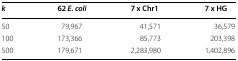
| k | 62 E. coli | 7 x Chr1 | 7 x HG |
 | --- | --- | --- | --- |
 | 50 | 79,967 | 41,571 | 36,579 |
 | 100 | 173,366 | 85,773 | 203,398 |
 | 500 | 179,671 | 2,283,980 | 1,402,896 |